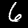
Digit: 6